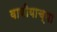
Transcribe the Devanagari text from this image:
वाणीयाच्या